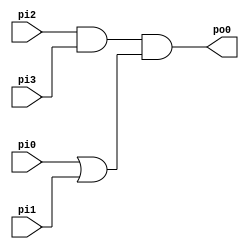
module test_2 (
	pi0, pi1, pi2, pi3,
	po0);
  	input pi0, pi1, pi2, pi3;
  	output po0;
  	wire n1, n2;
	assign n1 = pi0 | pi1;
	assign n2 = pi2 & pi3;
	assign po0 = n2 & n1;
endmodule

// Y4(i3, i4, 0, 1, 0, 0, i1, i2, 0, 0, 1, 1, 1, 0, 0)